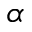
_ \alpha